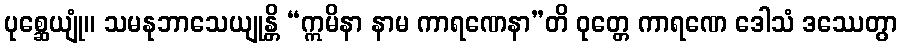
ပုစ္ဆေယျုံ။ သမနုဘာသေယျုန္တိ “ဣမိနာ နာမ ကာရဏေနာ”တိ ဝုတ္တေ ကာရဏေ ဒေါသံ ဒဿေတွာ